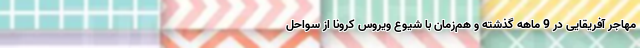
مهاجر آفریقایی در 9 ماهه گذشته و هم‌زمان با شیوع ویروس کرونا از سواحل